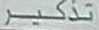
تذكر